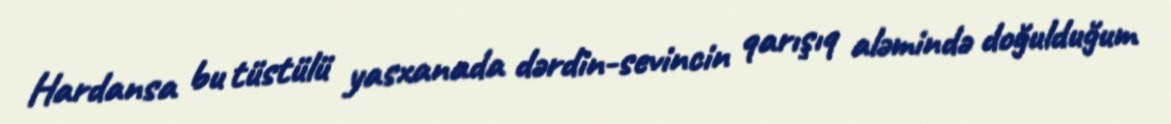
Hardansa bu tüstülü yasxanada dərdin-sevincin qarışıq aləmində doğulduğum